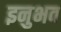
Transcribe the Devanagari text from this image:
इनुभव